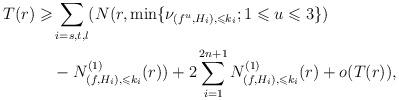
LaTeX: \begin{align*}T(r)\geqslant&\sum_{i=s,t,l}(N(r,\min\{\nu_{(f^u,H_i),\leqslant k_i};1\leqslant u\leqslant 3\})\\&-N^{(1)}_{(f,H_i),\leqslant k_i}(r))+ 2\sum_{i=1}^{2n+1}N^{(1)}_{(f,H_i),\leqslant k_i}(r)+o(T(r)),\end{align*}